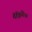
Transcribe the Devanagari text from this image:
मैक्किसिक